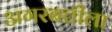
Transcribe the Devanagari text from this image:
अगरबत्तीला